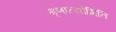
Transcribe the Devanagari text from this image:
गृणात्योमिति